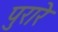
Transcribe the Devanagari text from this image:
पुरारे